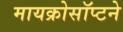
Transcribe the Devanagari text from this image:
मायक्रोसॉप्टने